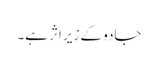
جادو کے زیر اثر ہے۔